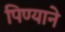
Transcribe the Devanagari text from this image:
पिण्याने